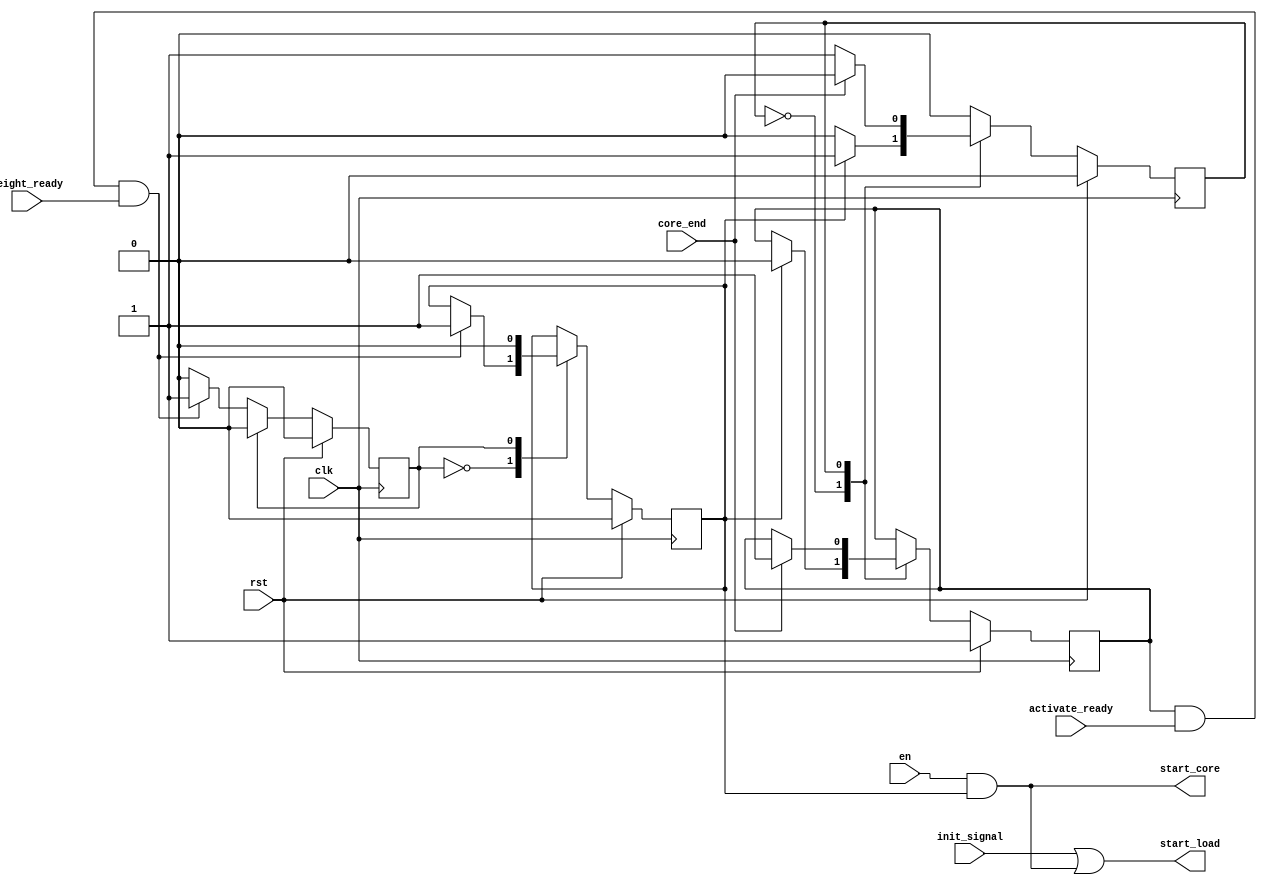
`timescale 1ns / 1ps
//////////////////////////////////////////////////////////////////////////////////
// Company: 
// Engineer: 
// 
// Design Name: 
// Module Name: pipeline
// Project Name: 
// Target Devices: 
// Tool Versions: 
// Description: 
// 
// Dependencies: 
// 
// Revision:
// Revision 0.01 - File Created
// Additional Comments:
// 
//////////////////////////////////////////////////////////////////////////////////


module pipeline(
clk, rst,

en,          // connect to controller
init_signal, // connect to controller
activate_ready, // connect to activate load done signal
weight_ready, // connect to buffer_ready of load_weight_ctrl
core_end, // connect to accumulator done signal

start_core, // connect to core module
start_load // connect to load_activate moddule
    );
    localparam STATE_IDLE = 0;
    localparam STATE_START = 1;
    
    localparam STATE_CORE_FREE = 0;
    localparam STATE_CORE_BUSY = 1;
    
    localparam STATE_ACTIVATE_FREE = 0;
    localparam STATE_ACTIVATE_BUSY = 1;
    
    input clk, rst;
    input en, init_signal, core_end, activate_ready, weight_ready;
    
    output start_core;
    output start_load;
    
    reg state;
    reg start_core_reg;
    
    reg activate_state, activate_vld;
    reg core_state, core_free;
    
    
//    assign core_begin = start_core_reg;
    assign start_core = en & start_core_reg;
    assign start_load = init_signal | start_core;
    // start_com_load signal
    always@(posedge clk) begin
        if(rst) begin
            start_core_reg <= 0;
            state <= STATE_IDLE;
        end
        else begin
            case(state)
                STATE_IDLE: begin
                    if(core_free & activate_ready & weight_ready) begin
                        state <= STATE_START;
                        start_core_reg <= 1;
                    end
                end
                STATE_START: begin
                    state <= STATE_IDLE;
                    start_core_reg <= 0;
                end
            endcase
        end
    end
    
    
    // core_free signal
    always@(posedge clk) begin
        if(rst) begin
            core_state <= STATE_CORE_FREE;
            core_free <= 1;
        end
        else begin
            case(core_state)
                STATE_CORE_FREE: begin
                    if(start_core_reg) begin
                        core_state <= STATE_CORE_BUSY;
                        core_free <= 0;
                    end
                end
                STATE_CORE_BUSY: begin
                    if(core_end) begin
                        core_state <= STATE_CORE_FREE;
                        core_free <= 1;
                    end
                end
            endcase
        end
    end
    
endmodule